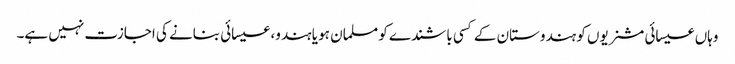
وہاں عیسائی مشنریوں کو ہندوستان کے کسی باشندے کو مسلمان ہو یا ہندو، عیسائی بنانے کی اجازت نہیں ہے۔